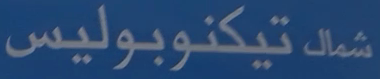
شمالٌتيكنوبوليس